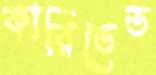
কারিডেড